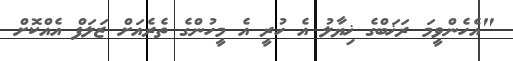
"އެހެންވީމަ ރަޚަބްގެ ޚިޔާލު އެ ހުރީ އެ މީހުންގެ ތެރެއަށް ޒަލަފް އެއްކޮށް